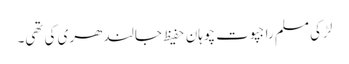
لڑکی مسلم راجپوت چوہان حفیظ جالندھری کی تھی۔